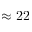
\approx 2 2